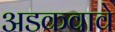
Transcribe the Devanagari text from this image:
अडकवावे